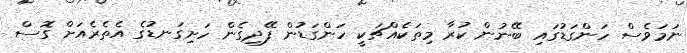
ނަމަވެސް ހަންގަޑުގައި ބޭނުން ކުރާ މިތަކެއްޗަކީ ހަންގަޑުން ފޭދިގެން ހަށިގަނޑުގެ އެތެރެއަށް ގޮސް